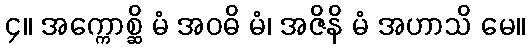
၄။ အက္ကောစ္ဆိ မံ အဝဓိ မံ၊ အဇိနိ မံ အဟာသိ မေ။